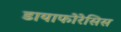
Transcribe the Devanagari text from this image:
डायाफोरेसिस